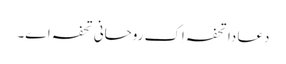
دعا دا تحفہ اِک روحانی تحفہ اے۔